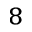
^ 8